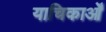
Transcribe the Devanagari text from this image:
याचिकाओँ